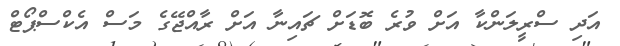
އަދި ސްރީލަންކާ އަށް ވުރެ ބޮޑަށް ޗައިނާ އަށް ރާއްޖޭގެ މަސް އެކްސްޕޯޓް